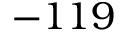
- 1 1 9